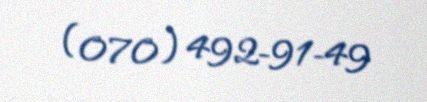
(070) 492-91-49